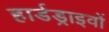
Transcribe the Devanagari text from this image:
हार्डड्राइवों